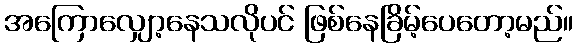
အကြောလျှော့နေသလိုပင် ဖြစ်နေခြိမ့်ပေတော့မည်။